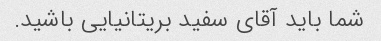
شما باید آقای سفید بریتانیایی باشید.